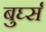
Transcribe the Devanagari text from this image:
बुर्घ्स